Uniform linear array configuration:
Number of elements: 64
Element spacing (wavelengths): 0.25
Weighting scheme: uniform
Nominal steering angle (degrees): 30
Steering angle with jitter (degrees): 28.375
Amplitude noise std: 0.05
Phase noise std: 0.05

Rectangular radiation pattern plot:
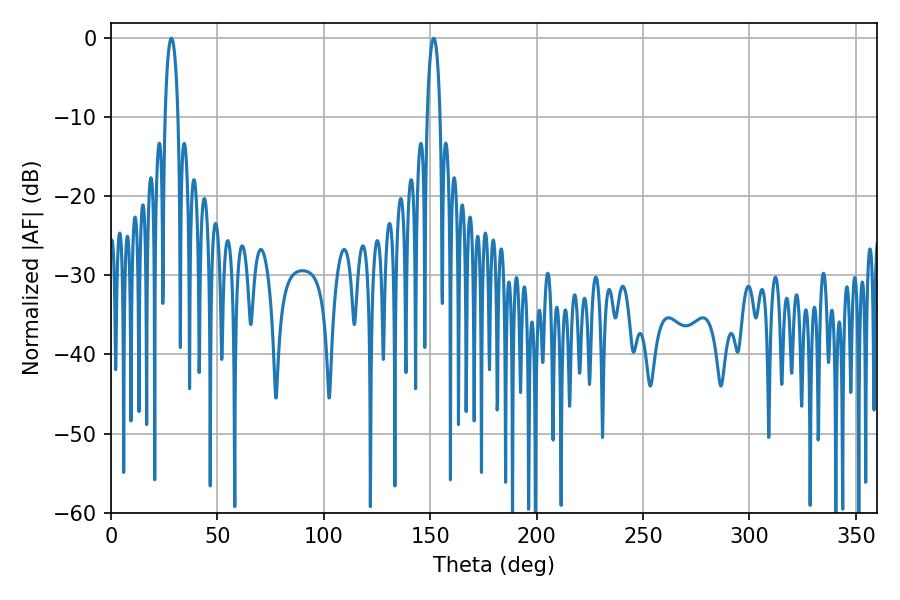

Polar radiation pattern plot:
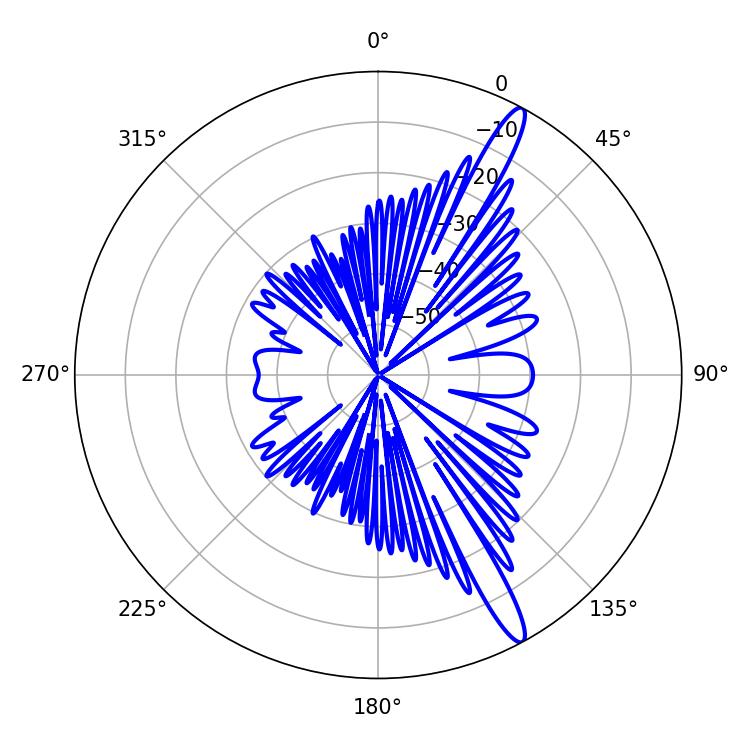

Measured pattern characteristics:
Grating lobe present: FALSE
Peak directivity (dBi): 14.73
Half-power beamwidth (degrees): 3.42
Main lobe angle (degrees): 28.44